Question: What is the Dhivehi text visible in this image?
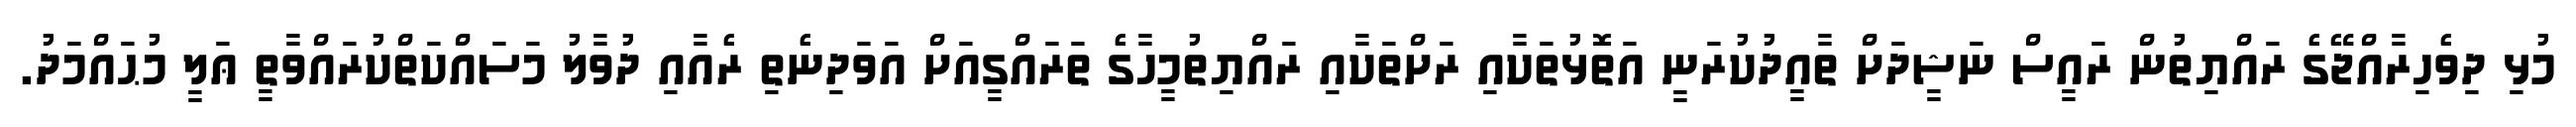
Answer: މުޅި ދިވެހިރާއްޖޭގެ ރައްޔިތުން ރައީސް ނަޝީދަށް ތާއީދުކުރަނީ އަތޮޅުތަކާއި ރަށްތަކާއި ރައްޔިތުމީހާގެ ތަރައްގީއަށް އަވަދިނެތި ރެއާއި ދުވާލު މަސައްކަތްކުރައްވާތީ ޢަލީ މުޙައްމަދު.